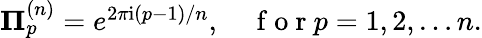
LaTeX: \begin{array}{r}{{\mathbf\Pi}_{p}^{(n)}=e^{2\pi\mathrm{i}(p-1)/n},\quad\mathrm{~f~o~r~}p=1,2,\ldots n.}\end{array}